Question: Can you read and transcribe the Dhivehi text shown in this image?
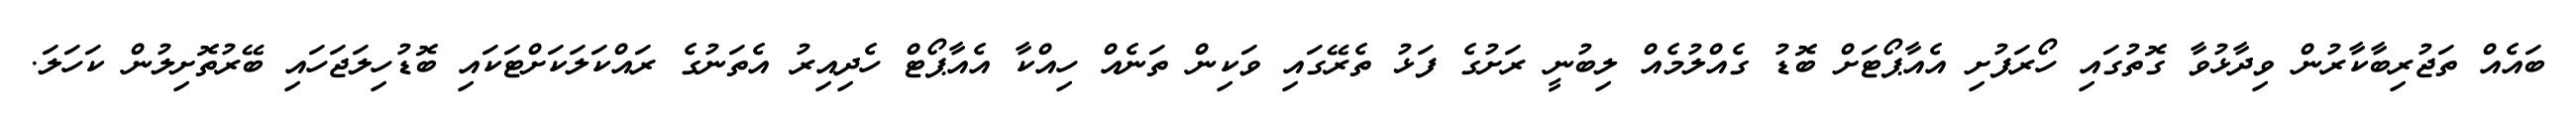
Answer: ބައެއް ތަޖުރިބާކާރުން ވިދާޅުވާ ގޮތުގައި ހޯރަފުށި އެއާޕޯޓަށް ބޮޑު ގެއްލުމެއް ލިބުނީ ރަށުގެ ފަޅު ތެރޭގައި ވަކިން ތަނެއް ހިއްކާ އެއާޕޯޓް ހެދިއިރު އެތަނުގެ ރައްކަލަކަށްޓަކައި ބޮޑުހިލަޖަހައި ބޭރުތޮށިލުން ކަހަލަ.